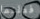
فعلتما